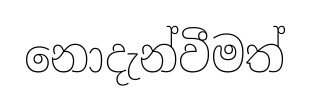
නොදැන්වීමත්